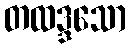
တထဒ္ဒသော